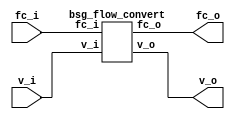
// This program was cloned from: https://github.com/chipsalliance/synlig
// License: Apache License 2.0



module top
(
  v_i,
  fc_o,
  v_o,
  fc_i
);

  input [15:0] v_i;
  output [15:0] fc_o;
  output [15:0] v_o;
  input [15:0] fc_i;

  bsg_flow_convert
  wrapper
  (
    .v_i(v_i),
    .fc_o(fc_o),
    .v_o(v_o),
    .fc_i(fc_i)
  );


endmodule



module bsg_flow_convert
(
  v_i,
  fc_o,
  v_o,
  fc_i
);

  input [15:0] v_i;
  output [15:0] fc_o;
  output [15:0] v_o;
  input [15:0] fc_i;
  wire [15:0] fc_o,v_o;
  assign fc_o[15] = fc_i[15];
  assign fc_o[14] = fc_i[14];
  assign fc_o[13] = fc_i[13];
  assign fc_o[12] = fc_i[12];
  assign fc_o[11] = fc_i[11];
  assign fc_o[10] = fc_i[10];
  assign fc_o[9] = fc_i[9];
  assign fc_o[8] = fc_i[8];
  assign fc_o[7] = fc_i[7];
  assign fc_o[6] = fc_i[6];
  assign fc_o[5] = fc_i[5];
  assign fc_o[4] = fc_i[4];
  assign fc_o[3] = fc_i[3];
  assign fc_o[2] = fc_i[2];
  assign fc_o[1] = fc_i[1];
  assign fc_o[0] = fc_i[0];
  assign v_o[15] = v_i[15];
  assign v_o[14] = v_i[14];
  assign v_o[13] = v_i[13];
  assign v_o[12] = v_i[12];
  assign v_o[11] = v_i[11];
  assign v_o[10] = v_i[10];
  assign v_o[9] = v_i[9];
  assign v_o[8] = v_i[8];
  assign v_o[7] = v_i[7];
  assign v_o[6] = v_i[6];
  assign v_o[5] = v_i[5];
  assign v_o[4] = v_i[4];
  assign v_o[3] = v_i[3];
  assign v_o[2] = v_i[2];
  assign v_o[1] = v_i[1];
  assign v_o[0] = v_i[0];

endmodule